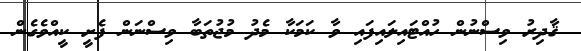
ޤާދިރު ވިސްނުން ހުއްޓައިލައިފައި ވާ ކަމަކާ މެދު މުޖުތަބާ ވިސްނަން ފެށީ ކީއްވެގެން